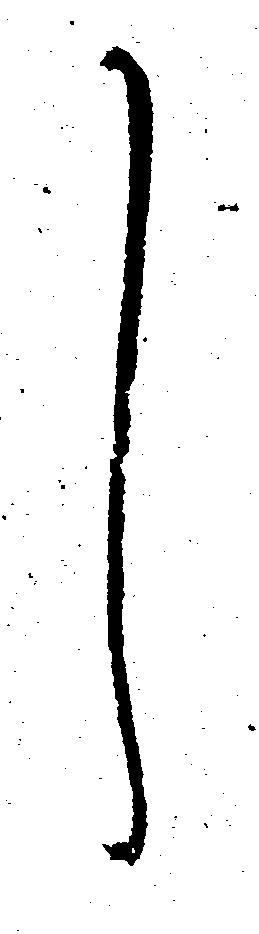
し